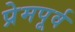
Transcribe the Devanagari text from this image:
प्रेमपूर्व